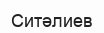
Ситәлиев